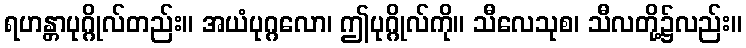
ရဟန္တာပုဂ္ဂိုလ်တည်း။ အယံပုဂ္ဂလော၊ ဤပုဂ္ဂိုလ်ကို။ သီလေသုစ၊ သီလတို့၌လည်း။